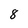
Character: 8